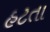
હટતા